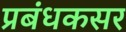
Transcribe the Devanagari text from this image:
प्रबंधकसर